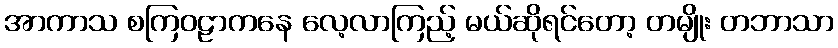
အာကာသ စကြဝဠာကနေ လေ့လာကြည့် မယ်ဆိုရင်တော့ တမျိုး တဘာသာ